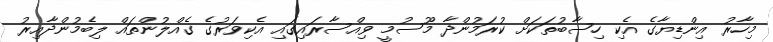
މިހާރު އިންޑިޔާގެ އެކި ހިސާބުތަކަށް ކުރަމުންދާ މޫސުމީ ވިއްސާރައިގައި އެކިވަރުގެ ގެއްލުންތައް ލިބެމުންދާއިރު